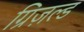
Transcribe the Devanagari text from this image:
ग्रिज़ल्ड